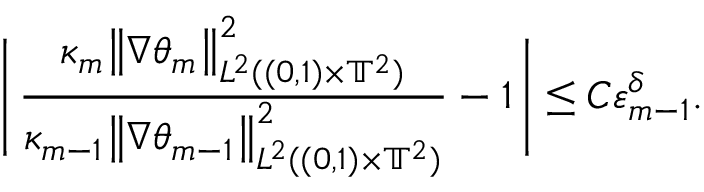
\Biggl | \, \frac { \kappa _ { m } \big \| \nabla { \theta } _ { m } \big \| _ { L ^ { 2 } ( ( 0 , 1 ) \times \ensuremath { \mathbb { T } } ^ { 2 } ) } ^ { 2 } } { \kappa _ { m - 1 } \mathopen { } \mathclose \bgroup \left\| \nabla \theta _ { m - 1 } \aftergroup \egroup \right\| _ { L ^ { 2 } ( ( 0 , 1 ) \times \ensuremath { \mathbb { T } } ^ { 2 } ) } ^ { 2 } } - 1 \, \Biggr | \leq C \varepsilon _ { m - 1 } ^ { \delta } .